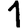
Digit: 1